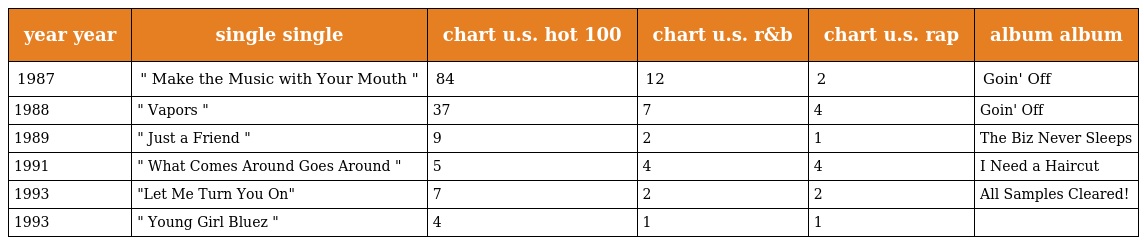
| year year | single single | chart u.s. hot 100 | chart u.s. r&b | chart u.s. rap | album album |
 | --- | --- | --- | --- | --- | --- |
 | 1987 | " Make the Music with Your Mouth " | 84 | 12 | 2 | Goin' Off |
 | 1988 | " Vapors " | 37 | 7 | 4 | Goin' Off |
 | 1989 | " Just a Friend " | 9 | 2 | 1 | The Biz Never Sleeps |
 | 1991 | " What Comes Around Goes Around " | 5 | 4 | 4 | I Need a Haircut |
 | 1993 | "Let Me Turn You On" | 7 | 2 | 2 | All Samples Cleared! |
 | 1993 | " Young Girl Bluez " | 4 | 1 | 1 |  |